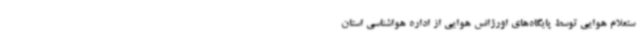
ستعلام هوایی توسط پایگاه‌های اورژانس هوایی از اداره هواشناسی استان